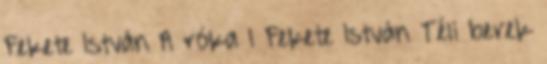
Fekete István A róka 1 Fekete István Téli berek